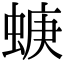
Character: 𧍁